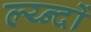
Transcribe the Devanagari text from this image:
ल्य्न्दों